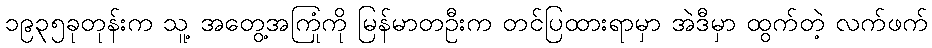
၁၉၃၅ခုတုန်းက သူ့ အတွေ့အကြုံကို မြန်မာတဦးက တင်ပြထားရာမှာ အဲဒီမှာ ထွက်တဲ့ လက်ဖက်